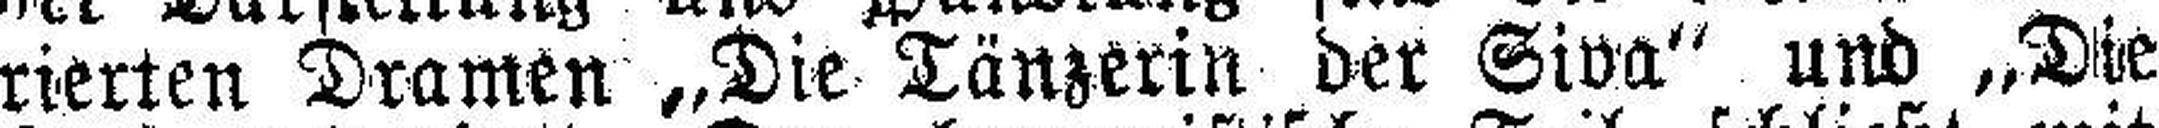
rierten Dramen „Die Tänzerin der Siva“ und „Die